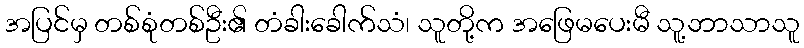
အပြင်မှ တစ်စုံတစ်ဦး၏ တံခါးခေါက်သံ၊ သူတို့က အဖြေမပေးမီ သူ့ဘာသာသူ